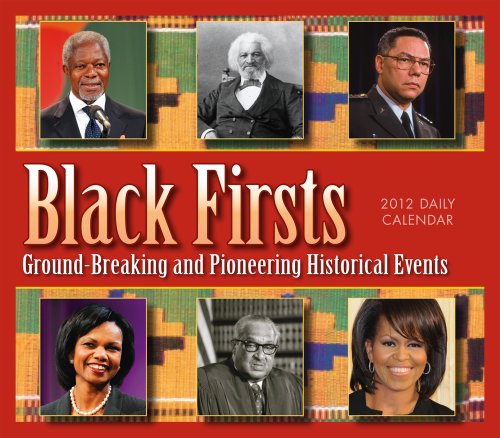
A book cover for Black Firsts 2012 Box/Daily (calendar); Calendars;